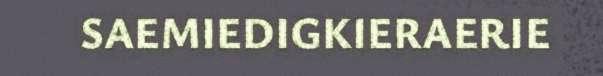
SAEMIEDIGKIERAERIE